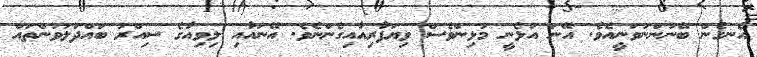
އެނގެން ބޭނުންނުވަނީއެވެ. އޭނަ އުޅެނީ މުޅިންވެސް ވިޔަފާރިއާއިގެންނެވެ. އޭނައާއި ލިވިއާގެ ސިއްރު ބައްދަލުވުންތައް